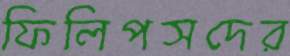
ফিলিপসদের